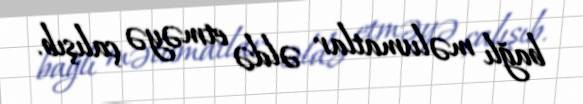
bağlı məlumatlar əldə etməyə çalışıb.